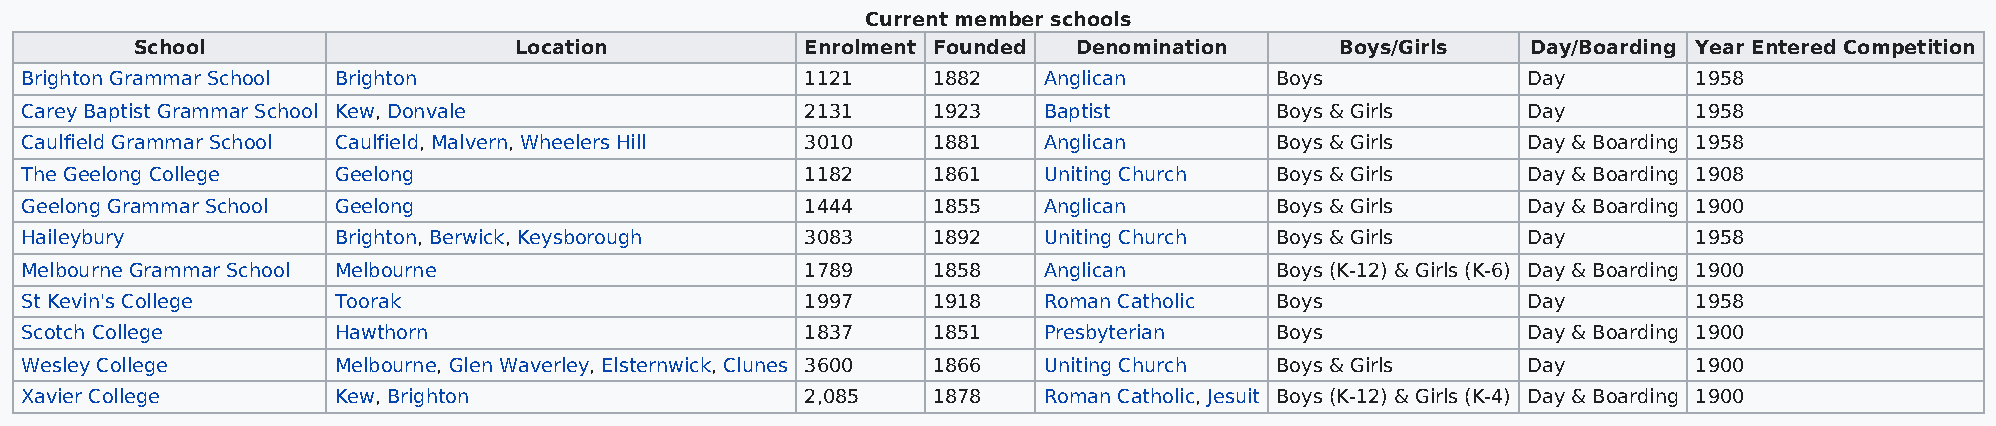
Current member schools
 School                   Location           Enrolment Founded Denomination      Boys/Girls  Day/Boarding Year Entered Competition
 Brighton Grammar School Brighton                    1121     1882   Anglican       Boys             Day        1958
 Carey Baptist Grammar School Kew, Donvale           2131     1923   Baptist        Boys & Girls     Day        1958
 Caulfield Grammar School Caulfield, Malvern, Wheelers Hill 3010 1881 Anglican      Boys & Girls     Day & Boarding 1958
 The Geelong College  Geelong                        1182     1861   Uniting Church Boys & Girls     Day & Boarding 1908
 Geelong Grammar School Geelong                      1444     1855   Anglican       Boys & Girls     Day & Boarding 1900
 Haileybury           Brighton, Berwick, Keysborough 3083     1892   Uniting Church Boys & Girls     Day        1958
 Melbourne Grammar School Melbourne                  1789     1858   Anglican       Boys (K-12) & Girls (K-6) Day & Boarding 1900
 St Kevin's College   Toorak                         1997     1918   Roman Catholic Boys             Day        1958
 Scotch College       Hawthorn                       1837     1851   Presbyterian   Boys             Day & Boarding 1900
 Wesley College       Melbourne, Glen Waverley, Elsternwick, Clunes 3600 1866 Uniting Church Boys & Girls Day   1900
 Xavier College       Kew, Brighton                  2,085    1878   Roman Catholic, Jesuit Boys (K-12) & Girls (K-4) Day & Boarding 1900